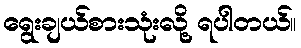
ရွေးချယ်စားသုံးလို့ ရပါတယ်။